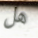
هل